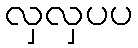
လှလှပပ